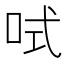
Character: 𠲧